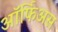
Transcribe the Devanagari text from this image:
ऑर्फिअस